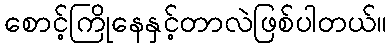
စောင့်ကြိုနေနှင့်တာလဲဖြစ်ပါတယ်။